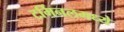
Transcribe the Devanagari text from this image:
टर्मिनलमध्ये